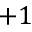
+ 1